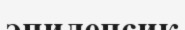
эпилепсик